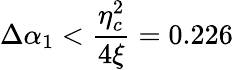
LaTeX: \Delta\alpha_{1}<\frac{\eta_{c}^{2}}{4\xi}=0.226